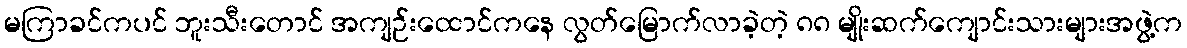
မကြာခင်ကပင် ဘူးသီးတောင် အကျဉ်းထောင်ကနေ လွတ်မြောက်လာခဲ့တဲ့ ၈၈ မျိုးဆက်ကျောင်းသားများအဖွဲ့က